Annual statistical returns and brief notes on vaccination in Bengal - 1887-1898
Year: 1887
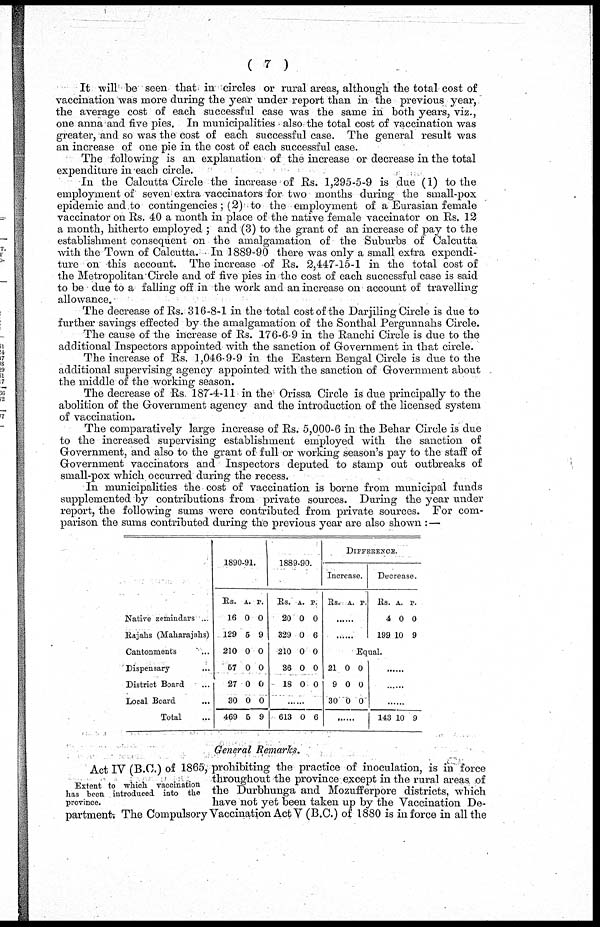
( 7 )
It will be seen that in circles or rural areas, although the total cost of
vaccination was more during the year under report than in the previous year,
the average cost of each successful case was the same in both years, viz.,
one anna and five pies. In municipalities also the total cost of vaccination was
greater, and so was the cost of each successful case. The general result was
an increase of one pie in the cost of each successful case.
The following is an explanation of the increase or decrease in the total
expenditure in each circle.
In the Calcutta Circle the increase of Rs. 1,295-5-9 is due (1) to the
employment of seven extra vaccinators for two months during the small-pox
epidemic and to contingencies ; (2) to the employment of a Eurasian female
vaccinator on Rs. 40 a month in place of the native female vaccinator on Rs. 12
a month, hitherto employed ; and (3) to the grant of an increase of pay to the
establishment consequent on the amalgamation of the Suburbs of Calcutta
with the Town of Calcutta. In 1889-90 there was only a small extra expendi-
ture on this account. The increase of Rs. 2,447-15-1 in the total cost of
the Metropolitan Circle and of five pies in the cost of each successful case is said
to be due to a falling off in the work and an increase on account of travelling
allowance.
The decrease of Rs. 316-8-1 in the total cost of the Darjiling Circle is due to
further savings effected by the amalgamation of the Sonthal Pergunnahs Circle.
The cause of the increase of Rs. 176-6-9 in the Ranchi Circle is due to the
additional Inspectors appointed with the sanction of Government in that circle.
The increase of Rs. 1,046-9-9 in the Eastern Bengal Circle is due to the
additional supervising agency appointed with the sanction of Government about
the middle of the working season.
The decrease of Rs. 187-4-11 in the Orissa Circle is due principally to the
abolition of the Government agency and the introduction of the licensed system
of vaccination.
The comparatively large increase of Rs. 5,000-6 in the Behar Circle is due
to the increased supervising establishment employed with the sanction of
Government, and also to the grant of full or working season's pay to the staff of
Government vaccinators and Inspectors deputed to stamp out outbreaks of
small-pox which occurred during the recess.
In municipalities the cost of vaccination is borne from municipal funds
supplemented by contributions from private sources. During the year under
report, the following sums were contributed from private sources. For com-
parison the sums contributed during the previous year are also shown :—
Native zemindars ...
Rajahs (Maharajahs)
Cantonments ...
Dispensary ...
District Board ...
Local Board ...
Total ...
1890-91.
Rs.
16
129
210
57
27
30
469
A.
0
5
0
0
0
0
5
P.
0
9
0
0
0
0
9
1889-90.
Rs.
20
329
210
36
18
A.
0
0
0
0
0
P
0
6
0
0
0
......
613 0 6
DIFFERENCE.
Increase.
Rs. A. P.
......
......
Decrease.
Rs.
4
199
A.
0
10
P.
0
9
Equal.
21
9
30
0
0
0
0
0
0
......
......
......
......
143 10 9
General Remarks.
Extent to which vaccination
has been introduced into the
province.
Act IV (B.C.) of 1865, prohibiting the practice of inoculation, is in force
throughout the province except in the rural areas, of
the Durbhunga and Mozufferpore districts, which
have not yet been taken up by the Vaccination De-
partments The Compulsory Vaccination Act V (B.C.) of 1880 is in force in all the